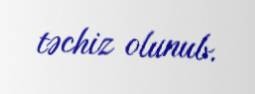
təchiz olunub.